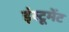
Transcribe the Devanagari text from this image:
इंस्टूमेंट